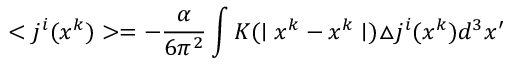
< j ^ { i } ( x ^ { k } ) > = - \frac { \alpha } { 6 \pi ^ { 2 } } \int K ( \mid x ^ { k } - x ^ { k } \mid ) \triangle j ^ { i } ( x ^ { k } ) d ^ { 3 } x ^ { \prime }